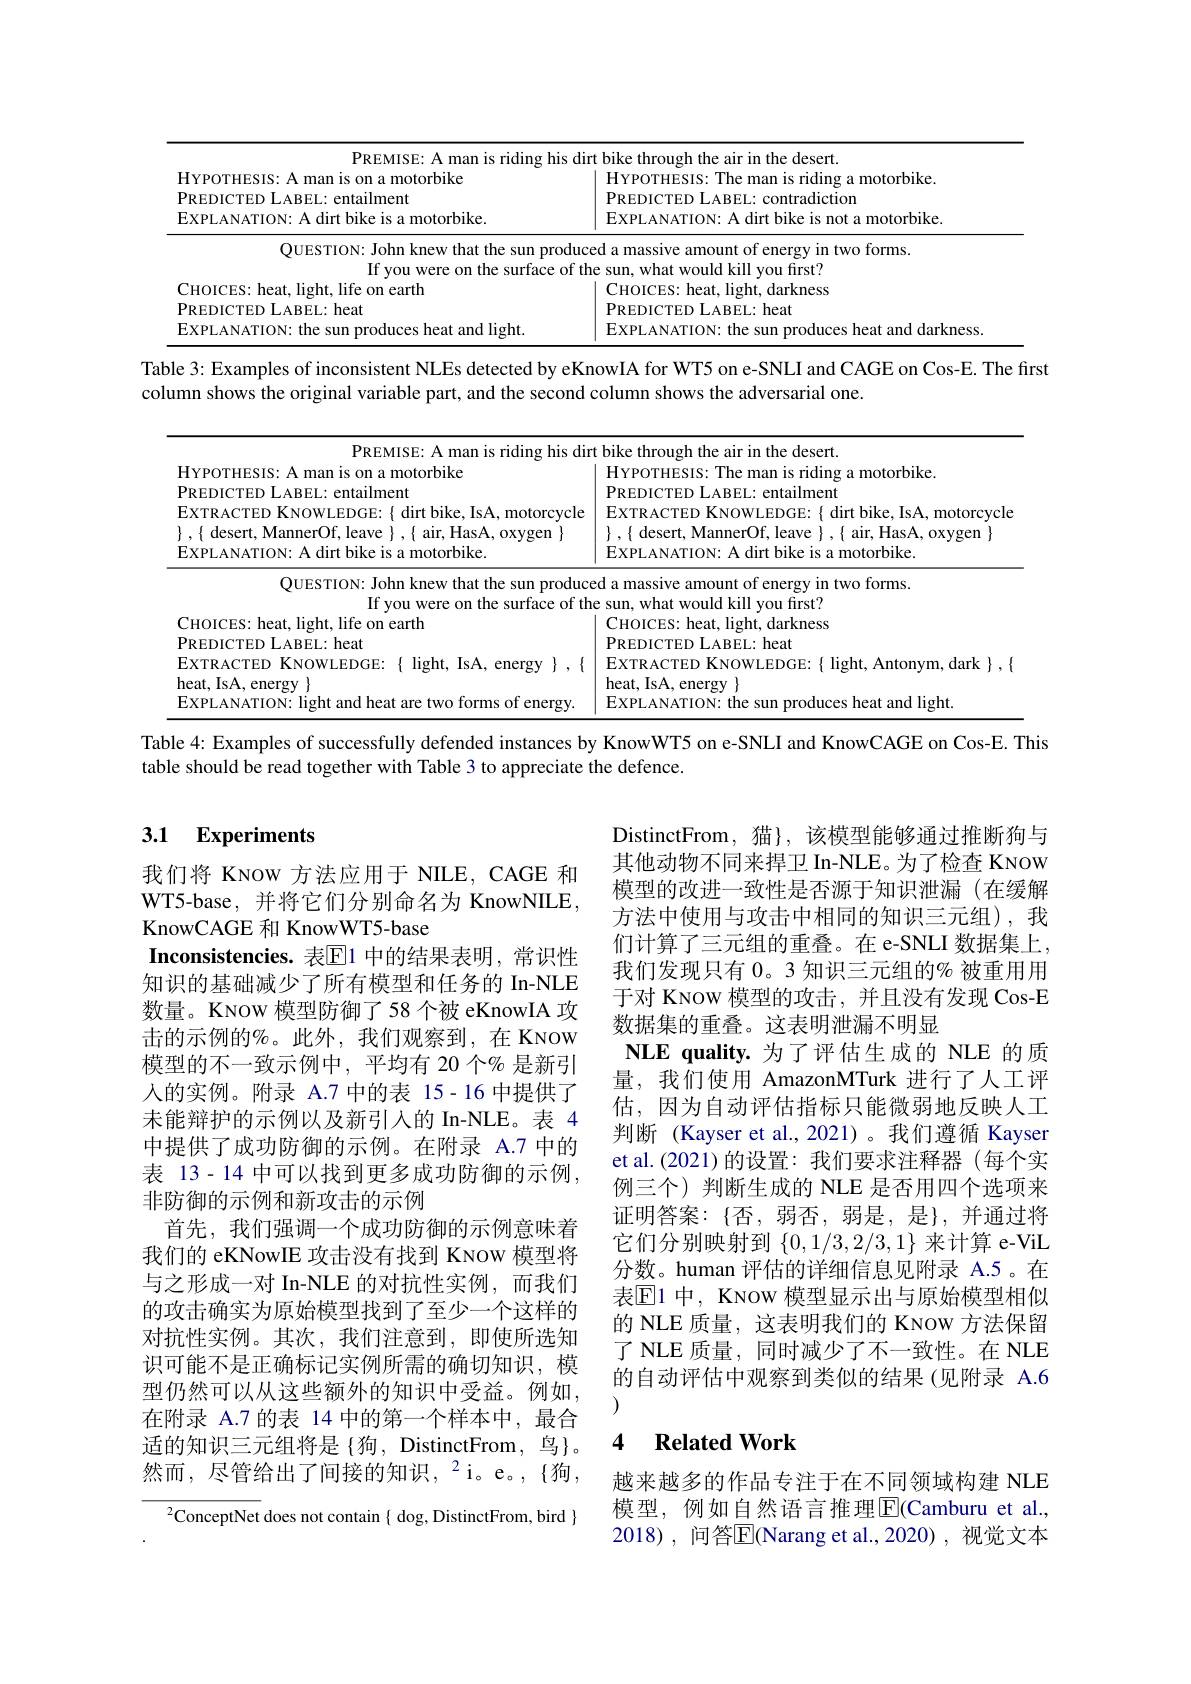
<table>
	<tbody>
		<tr>
			<th>PREMISE his du</th>
			<th> hike 11 the desert.</th>
		</tr>
		<tr>
			<th>HYPOTHESIS: A man is on a motorbike PREDICTED LABEL: entailment EXPLANATION: A dirt bike is a motorbike.</th>
			<th>HYPOTHESIS: The man is riding a motorbike. PREDICTED LABEL: contradiction EXPLANATION: A dirt bike is not a motorbike.</th>
		</tr>
		<tr>
			<td>QUESTION: John knew that the sun produce $\Upsilon f$ $\mathbf{f}\mathbf{F}$</td>
			<td>ed a massive amount of energy in two forms. at would kill vou first? </td>
		</tr>
		<tr>
			<td>CHOICES: heat, light, life on earth PREDICTED LABEL: heat EXPLANATION: the sun produces heat and light</td>
			<td>CHOICES: heat, light, darkness PREDICTED LABEL: heat EXPLANATION: the sun produces heat and darkness.</td>
		</tr>
		<tr>
			<td>${\mathrm{able~3:~Examples~of~inconsistent~NLEs~detected~by~eKr}}$ olumn shows the original variable part, and the second</td>
			<td>owIA for WT5 on e-SNLI and CAGE on Cos-E. The first olumn shows the adversarial one</td>
		</tr>
		<tr>
			<td>PREMISE: A man is riding his dir HYPOTHESIS: A man is on a motorbike PREDICTED LABEL: entailment EXTRACTED KNOWLEDGE: $\{$ dirt bike, IsA, motorcycle $\}$ , $\{$ desert, MannerOf, leave $\}$ , $\{$ air, HasA, oxygen $\}$</td>
			<td>t bike through the air in the desert. HYPOTHESIS: The man is riding a motorbike. PREDICTED LABEL: entailment EXTRACTED KNOWLEDGE: { dirt bike, IsA, motorcycle $\}$ , $\{$ desert, MannerOf, leave $\}$ , $\{$ air, HasA, oxygen $\}$</td>
		</tr>
		<tr>
			<td>QUESTION: John knew that the sun produce If you were on the surface of th</td>
			<td>ed a massive amount of energy in two forms. e sun, what would kill you first?</td>
		</tr>
		<tr>
			<td>CHOICES: heat, light, life on earth PREDICTED LABEL: heat EXTRACTED KNOWLEDGE: $\{$ light, IsA, energy $\},\{$ heat, IsA, energy $\}$ EXPLANATION: light and heat are two forms of energy</td>
			<td>CHOICES: heat, light, darkness PREDICTED LABEL: heat EXTRACTED KNOWLEDGE: $\{$ light, Antonym, dark $\}$ , $\{$ heat, IsA, energy $\}$ EXPLANATION: the sun produces heat and light.</td>
		</tr>
	</tbody>
</table>
Table 4: Examples of successfully defended instances by KnowWT5 on e-SNLI and KnowCAGE on Cos-E. This

table should be read together with Table 3 to appreciate the defence.

## 3.1 Experiments

DistinctFrom,猫}, 该模型能够通过推断狗与其他动物不同来捍卫 In-NLE。为了检查 KNOW 模型的改进一致性是否源于知识泄漏(在缓解方法中使用与攻击中相同的知识三元组),我们计算了三元组的重叠。在 e-SNLI 数据集上， 我们发现只有 0。3 知识三元组的% 被重用用于对 KNOW 模型的攻击，并且没有发现 Cos-E 数据集的重叠。这表明泄漏不明显
NLE quality.为了评估生成的 NLE 的质量，我们使用 AmazonMTurk 进行了人工评估，因为自动评估指标只能微弱地反映人工判断 (Kayser et al.,2021)。我们遵循 Kayser et al.(2021)的设置：我们要求注释器(每个实例三个)判断生成的 NLE 是否用四个选项来证明答案：$\{否，弱否，弱是，是\},并通过将$ 它们分别映射到$\{0,1/3,2/3,1\}$来计算 e-ViL 分数。human 评估的详细信息见附录 A.5 。在表$\mathbb{E}$1 中，KNOW 模型显示出与原始模型相似的 NLE 质量，这表明我们的 KNOW 方法保留了 NLE 质量，同时减少了不一致性。在 NLE 的自动评估中观察到类似的结果(见附录 A.6

我们将 KNOW 方法应用于 NILE, CAGE 和WT5-base, 并将它们分别命名为 KnowNILE, KnowCAGE 和 KnowWT5-base
Inconsistencies.表$\boxed{\mathrm{E}}$1 中的结果表明，常识性知识的基础减少了所有模型和任务的 In-NLE 数量。KNOW 模型防御了58 个被 eKnowIA 攻击的示例的%。此外，我们观察到，在 KNOW 模型的不一致示例中，平均有 20 个% 是新引人的实例。附录 A.7 中的表 15-16 中提供了未能辩护的示例以及新引入的 In-NLE。表 4中提供了成功防御的示例。在附录 A.7 中的表 13-14 中可以找到更多成功防御的示例， 非防御的示例和新攻击的示例
首先，我们强调一个成功防御的示例意味着我们的 eKNowIE 攻击没有找到 KNOW 模型将与之形成一对 In-NLE 的对抗性实例，而我们的攻击确实为原始模型找到了至少一个这样的对抗性实例。其次，我们注意到，即使所选知识可能不是正确标记实例所需的确切知识，模型仍然可以从这些额外的知识中受益。例如， 在附录 A.7 的表 14 中的第一个样本中，最合适的知识三元组将是{狗，DistinctFrom, 鸟}。然而，尽管给出了间接的知识，$^2$i。e。$,\{$狗，
$^{2}$ConceptNet does not contain $\{$ dog, DistinctFrom, bird $\}$

### 4 $\textbf{Related Work}$

越来越多的作品专注于在不同领域构建 NLE 模型，例如自然语言推理$\overline{\mathrm{E}}($Camburu et al. 2018),问答$\overline{\mathrm{E}}$(Narang et al.,2020),视觉文本